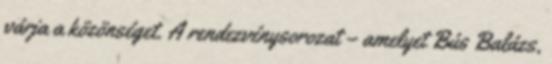
várja a közönséget. A rendezvénysorozat – amelyet Bús Balázs,